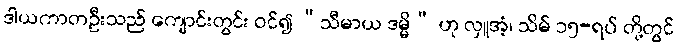
ဒါယကာတဦးသည် ကျောင်းတွင်း ဝင်၍ “သီမာယ ဒမ္မိ” ဟု လှူအံ့၊ သိမ် ၁၅-ရပ် တို့တွင်